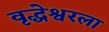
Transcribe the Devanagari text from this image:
वृद्धेश्वरला